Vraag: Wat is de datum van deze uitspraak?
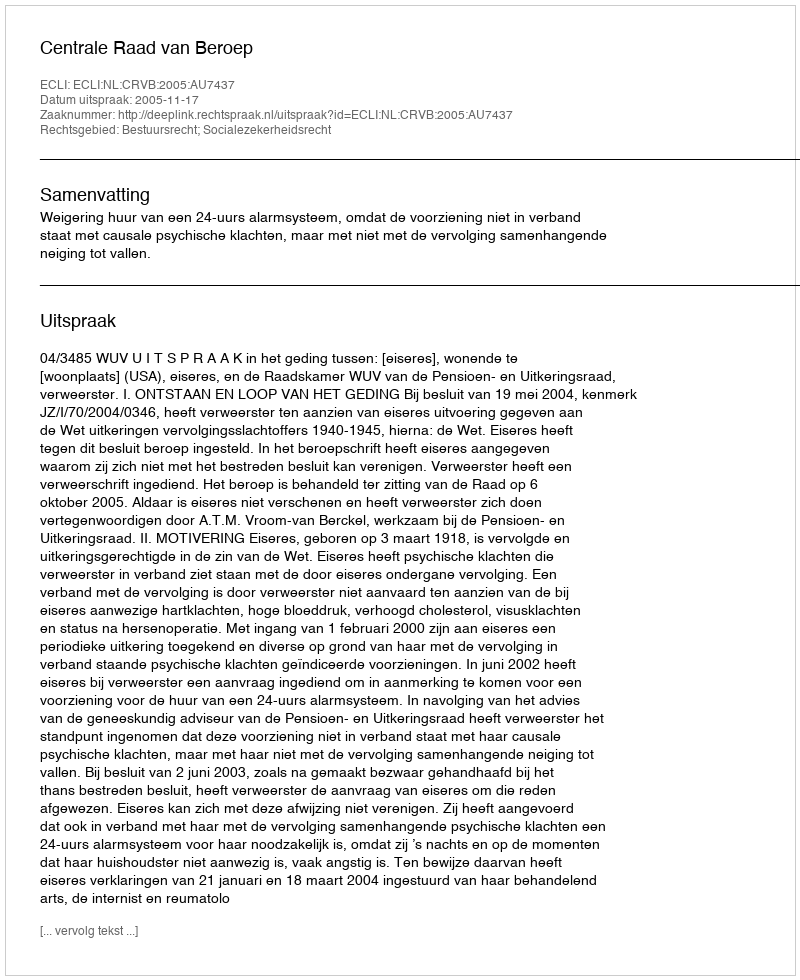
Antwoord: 2005-11-17